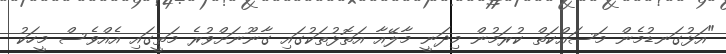
"އަޅުގަނޑުމެން މަސައްކަތް ކުރަމުން މިދަނީ މާލޭއާ އަތޮޅުތަކުގައި ގާނޫނަށްވުރެ މަތީގައި އެއްވެސް މީހަކު